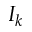
I _ { k }